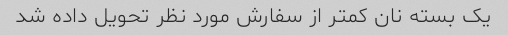
یک بسته نان کمتر از سفارش مورد نظر تحویل داده شد